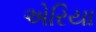
એરિયા